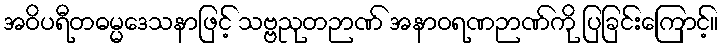
အဝိပရီတဓမ္မဒေသနာဖြင့် သဗ္ဗညုတဉာဏ် အနာဝရဏဉာဏ်ကို ပြခြင်းကြောင့်။